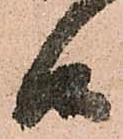
候